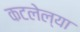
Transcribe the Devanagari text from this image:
कटलेल्या